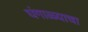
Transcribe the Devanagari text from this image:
घंगाळ्याचा